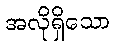
အလိုရှိသော